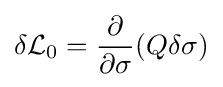
\delta {\mathcal {L}}_{0}={\frac {\partial }{\partial \sigma }}(Q\delta \sigma )